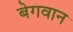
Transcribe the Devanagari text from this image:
बेगवान